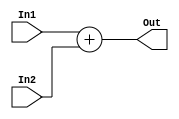

`timescale 1ns/1ns

module Adder(In1, In2, Out);

input [31:0] In1, In2;

output [31:0] Out;

assign Out = In1 + In2;

endmodule